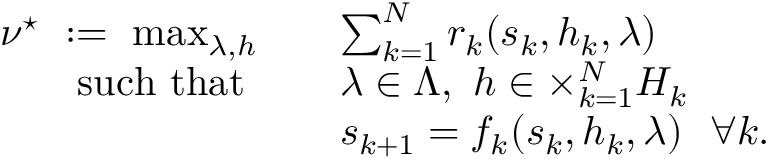
\begin{array} { r l } { \nu ^ { \star } \ : = \ \operatorname* { m a x } _ { \lambda , h } \quad } & { \sum _ { k = 1 } ^ { N } r _ { k } ( s _ { k } , h _ { k } , \lambda ) } \\ { \mathrm { s u c h ~ t h a t ~ } \quad } & { \lambda \in \Lambda , \ h \in \times _ { k = 1 } ^ { N } H _ { k } } \\ & { s _ { k + 1 } = f _ { k } ( s _ { k } , h _ { k } , \lambda ) \ \ \forall k . } \end{array}